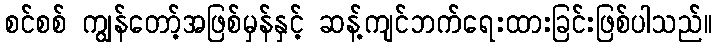
စင်စစ် ကျွန်တော့်အဖြစ်မှန်နှင့် ဆန့်ကျင်ဘက်ရေးထားခြင်းဖြစ်ပါသည်။